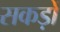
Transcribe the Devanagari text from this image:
सकड़ों